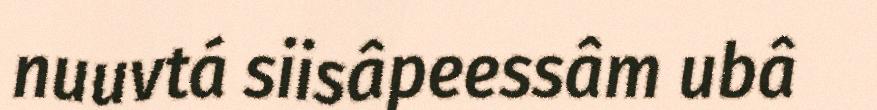
nuuvtá siisâpeessâm ubâ